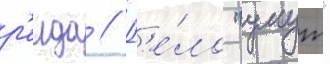
р'еида // Д'е́ло "умут"